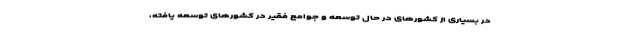
در بسیاری از کشورهای در حال توسعه و جوامع فقیر در کشورهای توسعه یافته،